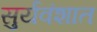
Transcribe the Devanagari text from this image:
सुर्यवंशात